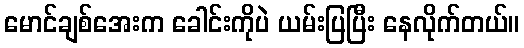
မောင်ချစ်အေးက ခေါင်းကိုပဲ ယမ်းပြပြီး နေလိုက်တယ်။